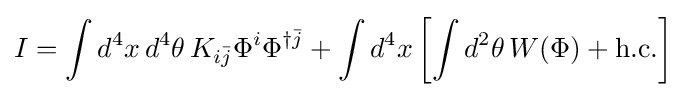
I=\int d^{4}x\,d^{4}\theta \,K_{i{\bar {j}}}\Phi ^{i}\Phi ^{\dagger {\bar {j}}}+\int d^{4}x\left[\int d^{2}\theta \,W(\Phi )+{\text{h.c.}}\right]